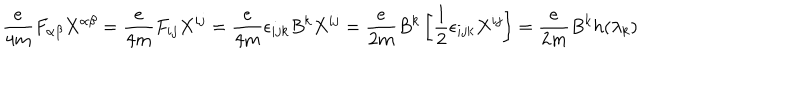
LaTeX: \frac { e } { 4 m } F _ { \alpha \beta } X ^ { \alpha \beta } = \frac { e } { 4 m } F _ { i j } X ^ { i j } = \frac { e } { 4 m } \epsilon _ { i j k } B ^ { k } X ^ { i j } = \frac { e } { 2 m } B ^ { k } \left[ \frac { 1 } { 2 } \epsilon _ { i j k } X ^ { i j } \right] = \frac { e } { 2 m } B ^ { k } h ( \lambda _ { k } )